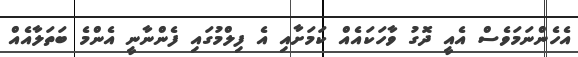
އެހެންނަމަވެސް އެއީ ދޮގު ވާހަކައެއް ކަމަށާއި އެ ފިލްމުގައި ފެންނާނީ އެންމެ ބަތަލާއެއް